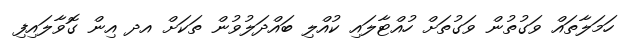
ހަމަލާތައް ވަގުތުން ވަގުތަށް ހުއްޓާލައި ކުއްލި ބައްދަލުވުން ތަކަށް އދ އިން ގޮވާލައިފި